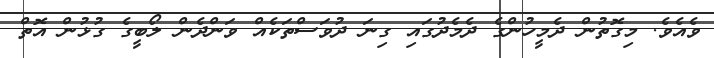
ވެއެވެ. މިގޮތުން ދެމީހުންގެ ދެމެދުގައި ގިނަ ދުވަސްތަކެއް ވަންދެން ލޯބީގެ ގުޅުން އޮތް